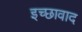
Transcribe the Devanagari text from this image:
इच्छावाद